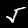
Digit: 5